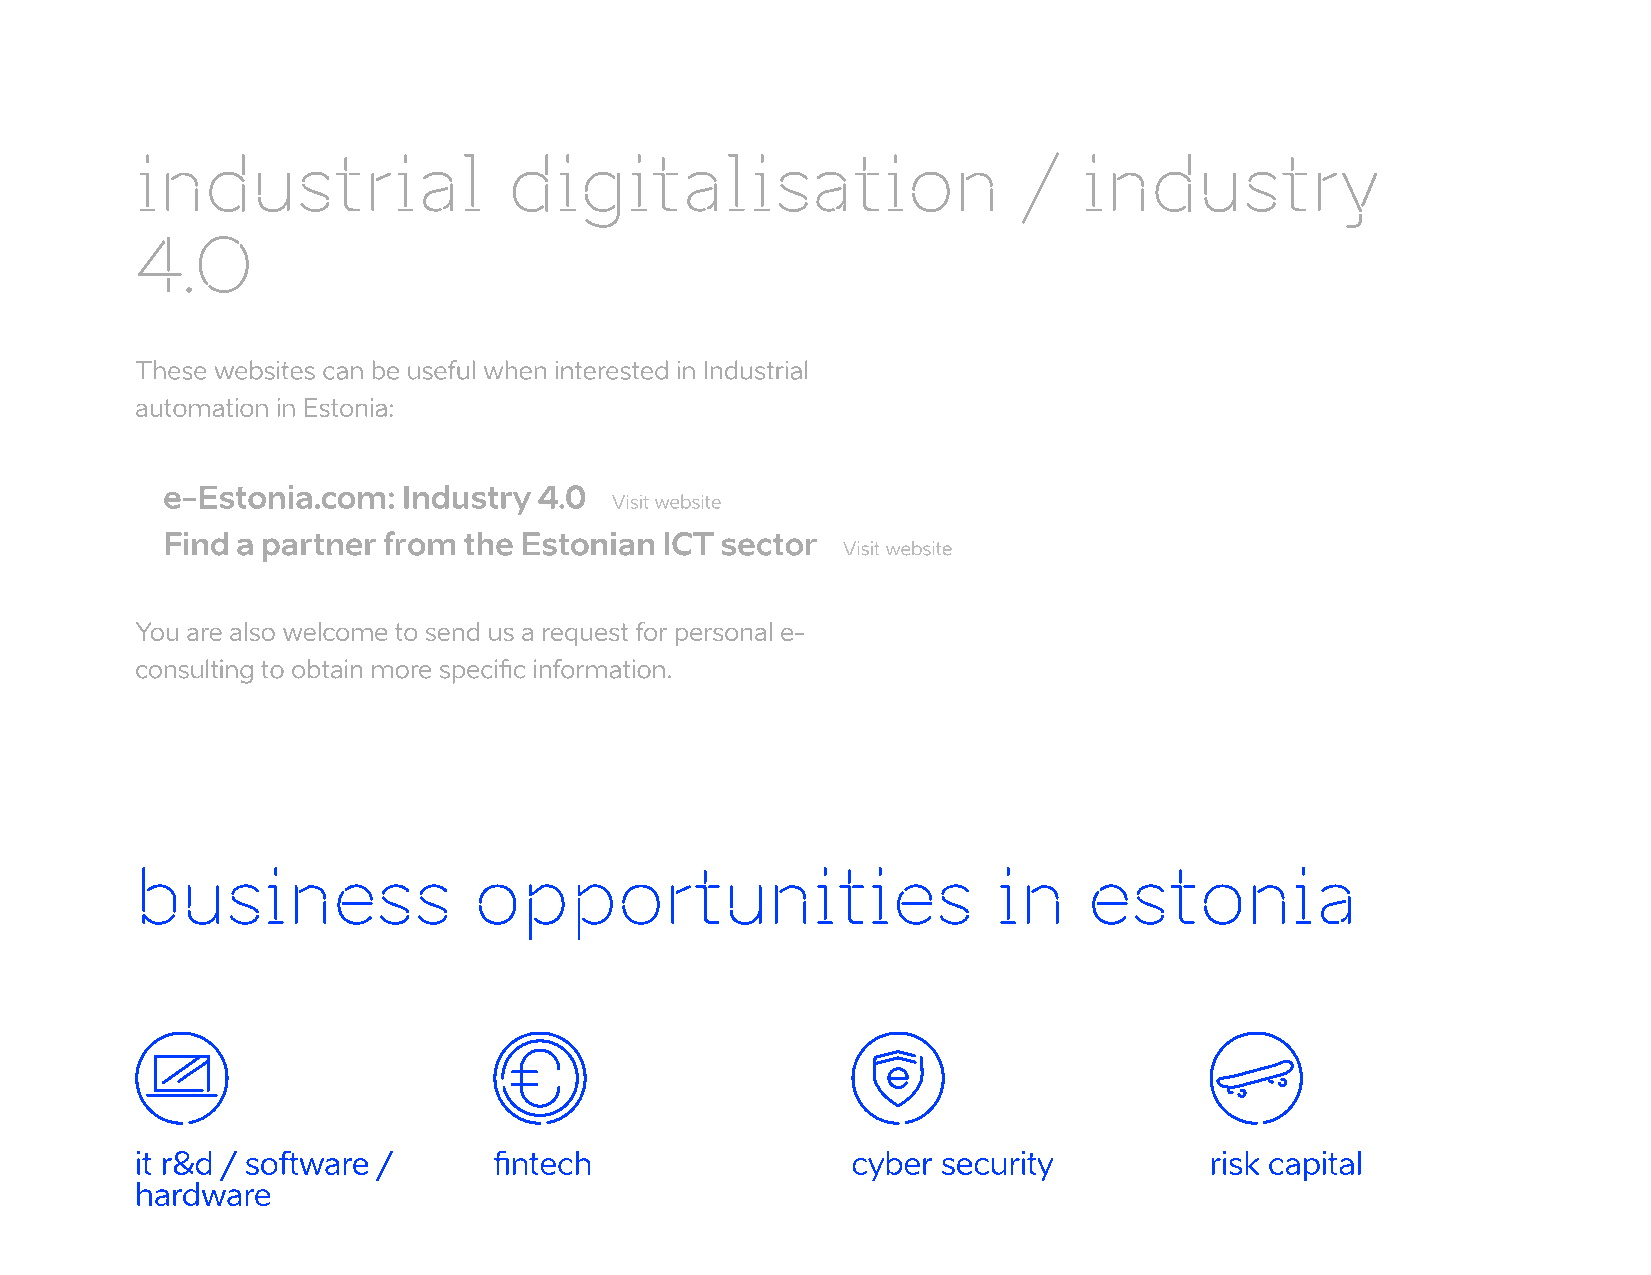
industrial               digitalisation                    /   industry
 4.0
 These websites can be useful when interested in Industrial
 automation in Estonia:
 e-Estonia.com:  Industry 4.0
 Visit website
 Find a partner from the Estonian ICT sector
 Visit website
 You are also welcome to send us a request for personal e-
 consulting to obtain more specific information.
 business              opportunities                      in    estonia
 it r&d / software /     fintech                cyber security          risk capital
 hardware